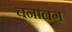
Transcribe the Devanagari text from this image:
चनालग